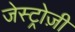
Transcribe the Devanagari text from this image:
जेस्ट्रोज़ी